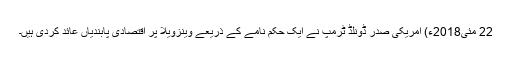
22 مئی2018ء) امریکی صدر ڈونلڈ ٹرمپ نے ایک حکم نامے کے ذریعے وینزویلا پر اقتصادی پابندیاں عائد کردی ہیں۔